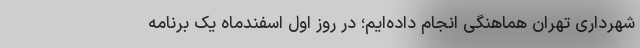
شهرداری تهران هماهنگی انجام داده‌ایم؛ در روز اول اسفندماه یک برنامه